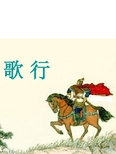
群燕辞归鹄南翔，念君客游多断肠。